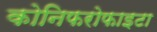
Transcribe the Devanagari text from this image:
कोनिफरोफाइटा